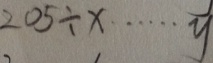
2 0 5 \div x \cdots y